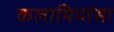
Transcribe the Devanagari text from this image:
कलामिमांसा